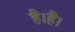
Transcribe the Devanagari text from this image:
है।है।